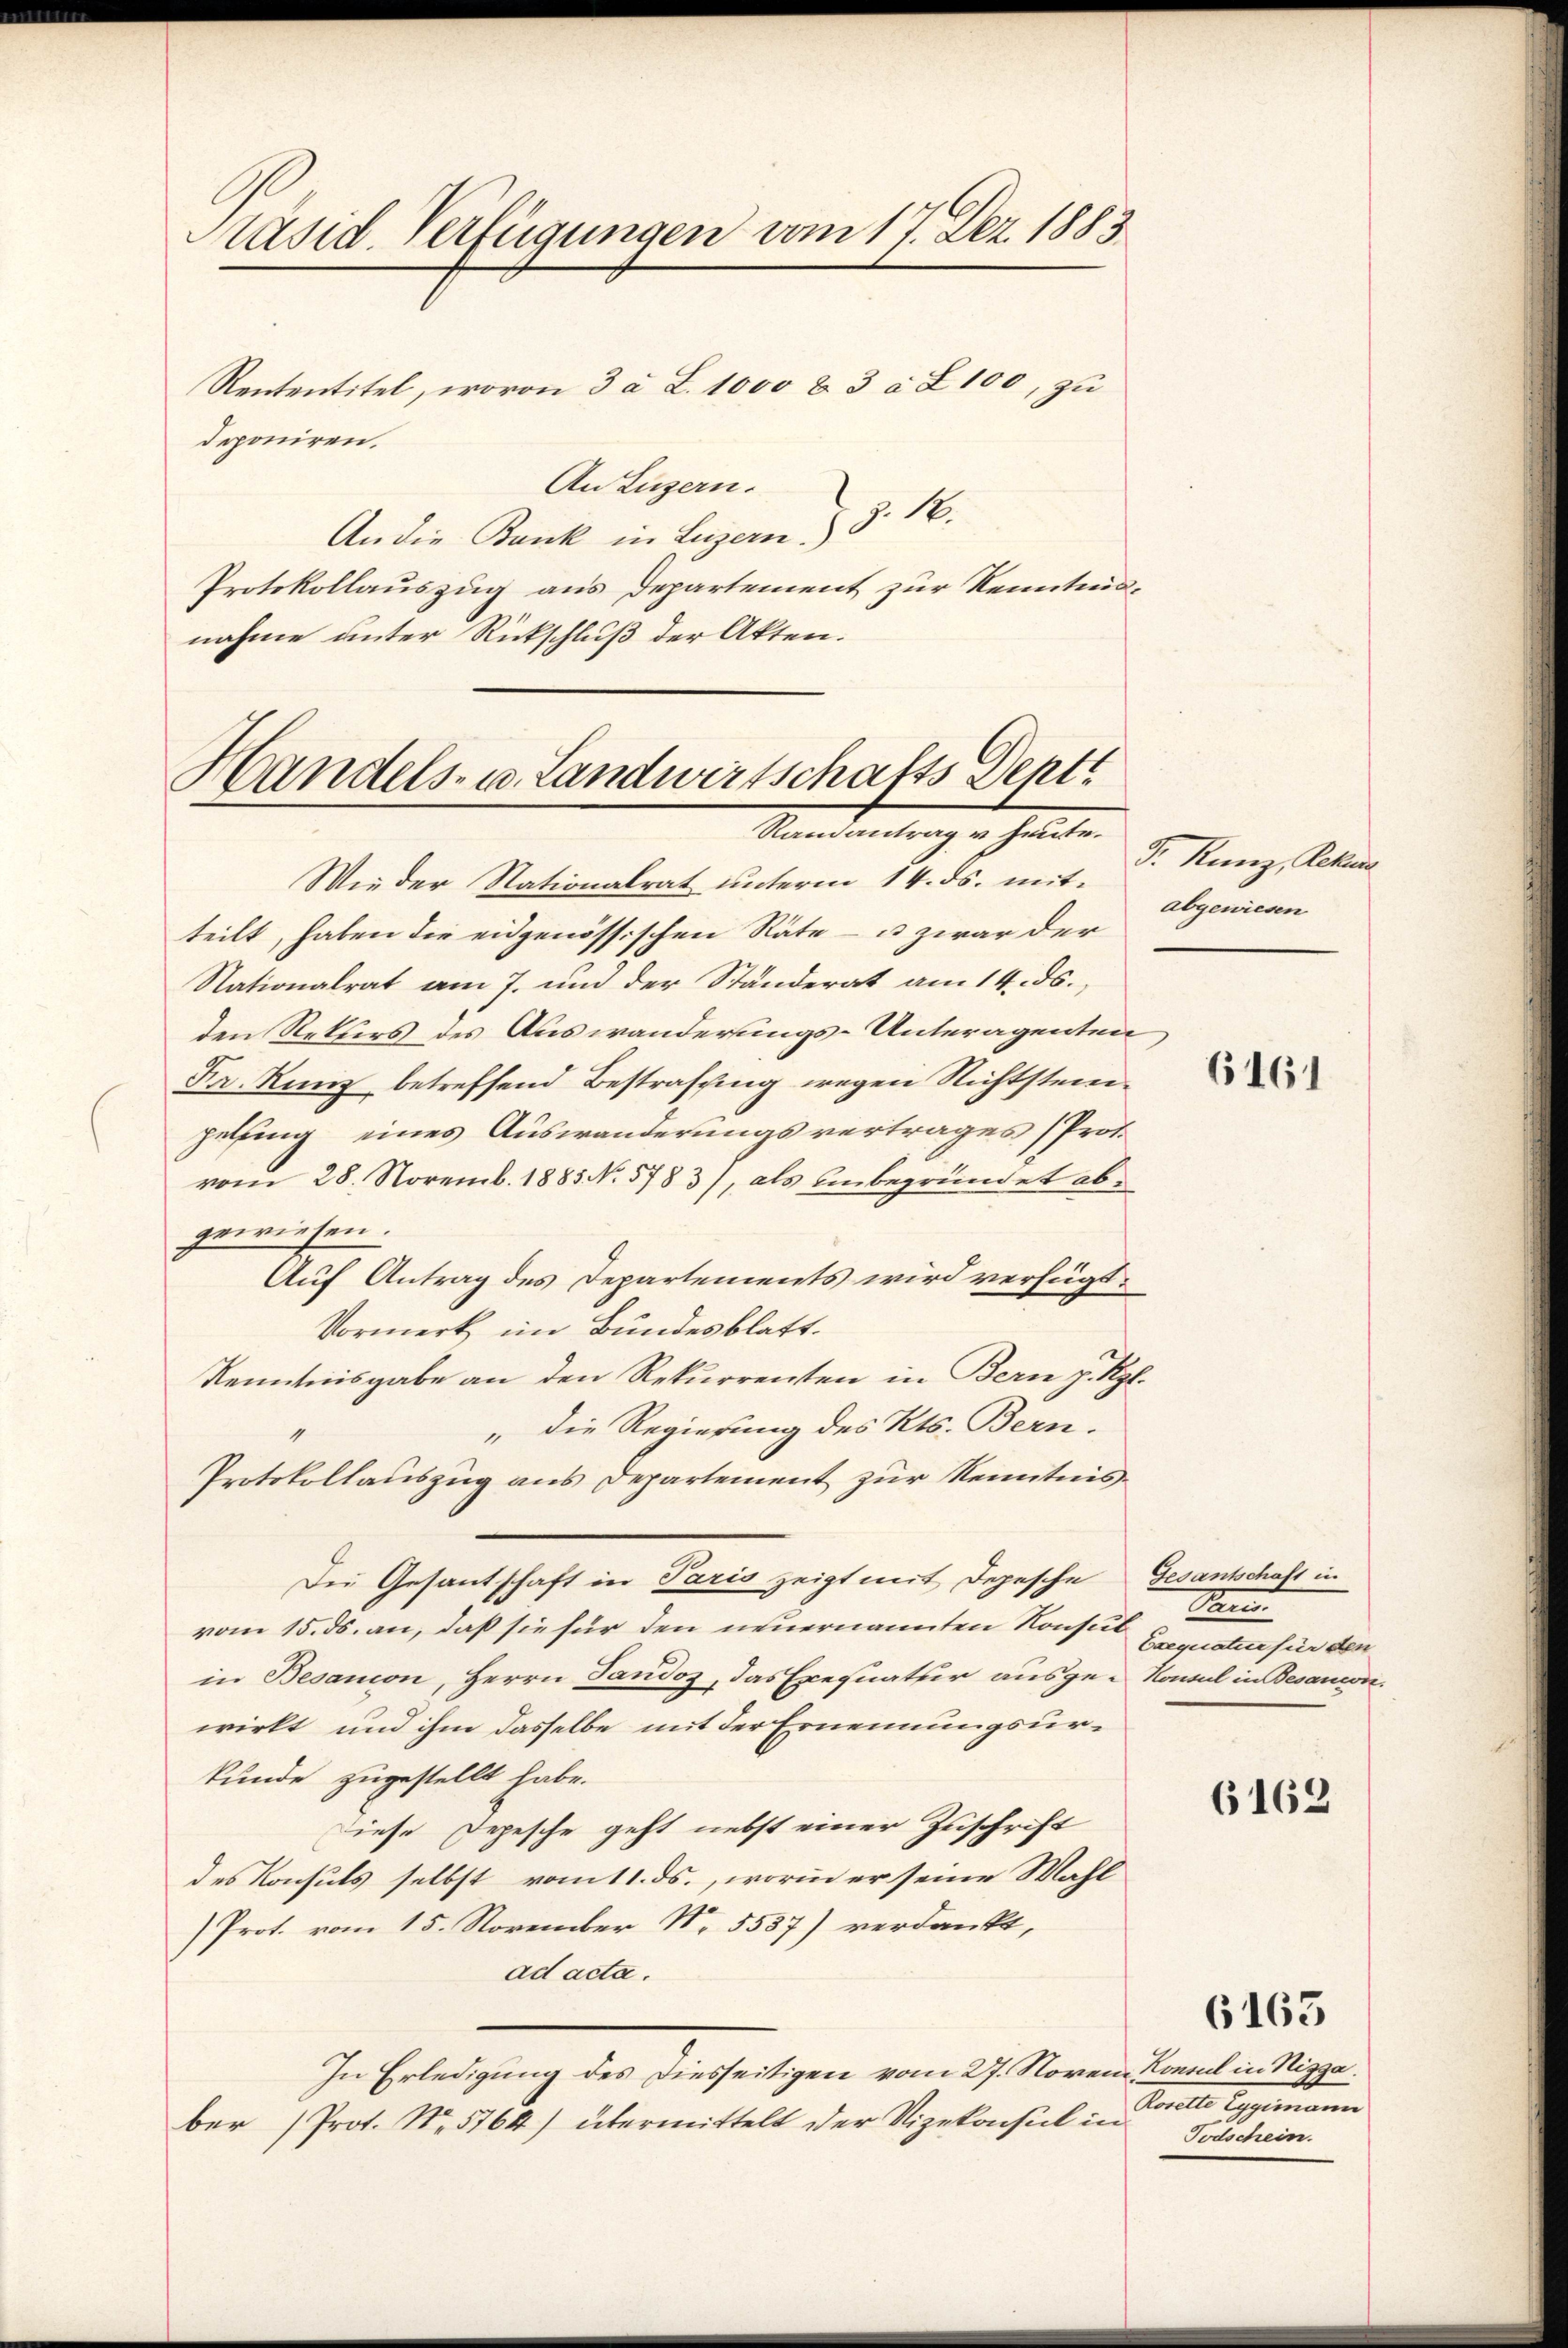
Päsid. Verfügungen vom 17. Dez. 1883.

Rententitel, wovon 3 a S. 1000 & 3 à Z. 100, zu
deponiren.
An Luzern.
An die Bank in Luzern § 16.
Protokollauszug aus Departement zur Kenntnisnahme unter Rückschluß der Akten.

Handels- u. Landwirtschafts Depti
Ramantrag u. heute.

Wie der Nationalrat unterm 14. ds. mitteilt, haben die eidgenössischen Räte - u. zwar der
Nationalrat am 7. und der Ständerat am 14. ds.,
den Rekurs des Auswanderungs-Unteragenten
Fr. Kunz betreffend Bestraffing wegen Nichtsteinzelfing eines Auswanderungsvertrages (Prot.
vom 28. Novemb. 1885 No 5783), als unbegründet abgewiesen.
Auf Antrag des Departements wird verfügt:
Vormerk im Bundesblatt.
Kenntnisgabe an den Rekurrenten in Bern J. Kgl.
" die Regierung des Kts. Bern.
Protokollauszug aus Departement zur Kenntnis¬
Die Gesantschaft in Paris zeigt mit Depesche Gesantschaft in
vom 15. ds. an, daß sie für den neuernannten Konsul
in Besanon, Herrn Tandoz, das Exequatur ausge-Konsul in Besandon.
wirkt und ihm dasselbe mit der Ernennungsurkunde zugestellt habe.
Diese Depesche geht nebst einer Zuschrift
des Konsuls selbst vom 11. ds., worin er seine Wahl
Prot. vom 15. November Nr. 5537) verdankt,
ad acta.
In Erledigung des Diesseitigen vom 27. Noven Konsul in Nizza.
ber Prot. No. 5164) übermittelt der Vizekonsul in

P. Kunz, Rekur
abgewiesen

6161

Man
Exequatur für den

6162

Sorelle Gesammen
Todschein.

6163